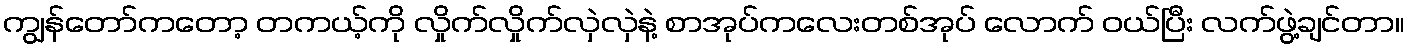
ကျွန်တော်ကတော့ တကယ့်ကို လှိုက်လှိုက်လှဲလှဲနဲ့ စာအုပ်ကလေးတစ်အုပ် လောက် ဝယ်ပြီး လက်ဖွဲ့ချင်တာ။